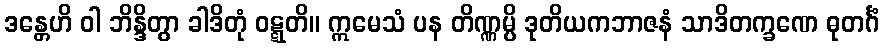
ဒန္တေဟိ ဝါ ဘိန္ဒိတွာ ခါဒိတုံ ဝဋ္ဋတိ။ ဣမေသံ ပန တိဏ္ဏမ္ပိ ဒုတိယကဘာဇနံ သာဒိတက္ခဏေ ဓုတင်္ဂံ